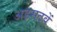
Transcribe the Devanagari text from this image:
अड़सठवें